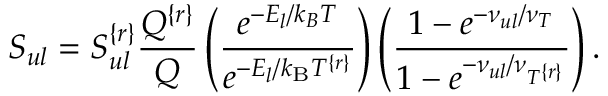
S _ { u l } = S _ { u l } ^ { \{ r \} } \frac { Q ^ { \{ r \} } } { Q } \left( \frac { e ^ { - E _ { l } / k _ { B } T } } { e ^ { - E _ { l } / k _ { \mathrm { B } } T ^ { \{ r \} } } } \right) \left( \frac { 1 - e ^ { - \nu _ { u l } / \nu _ { T } } } { 1 - e ^ { - \nu _ { u l } / \nu _ { T ^ { \{ r \} } } } } \right) .